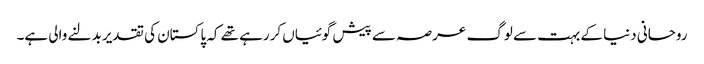
روحانی دنیا کے بہت سے لوگ عرصہ سے پیش گوئیاں کررہے تھے کہ پاکستان کی تقدیر بدلنے والی ہے۔